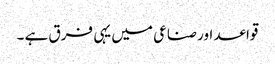
قواعد اور صناعی میں یہی فرق ہے ۔